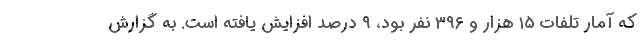
که آمار تلفات ۱۵ هزار و ۳۹۶ نفر بود، ۹ درصد افزایش یافته است. به گزارش